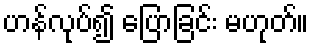
ဟန်လုပ်၍ ပြောခြင်း မဟုတ်။